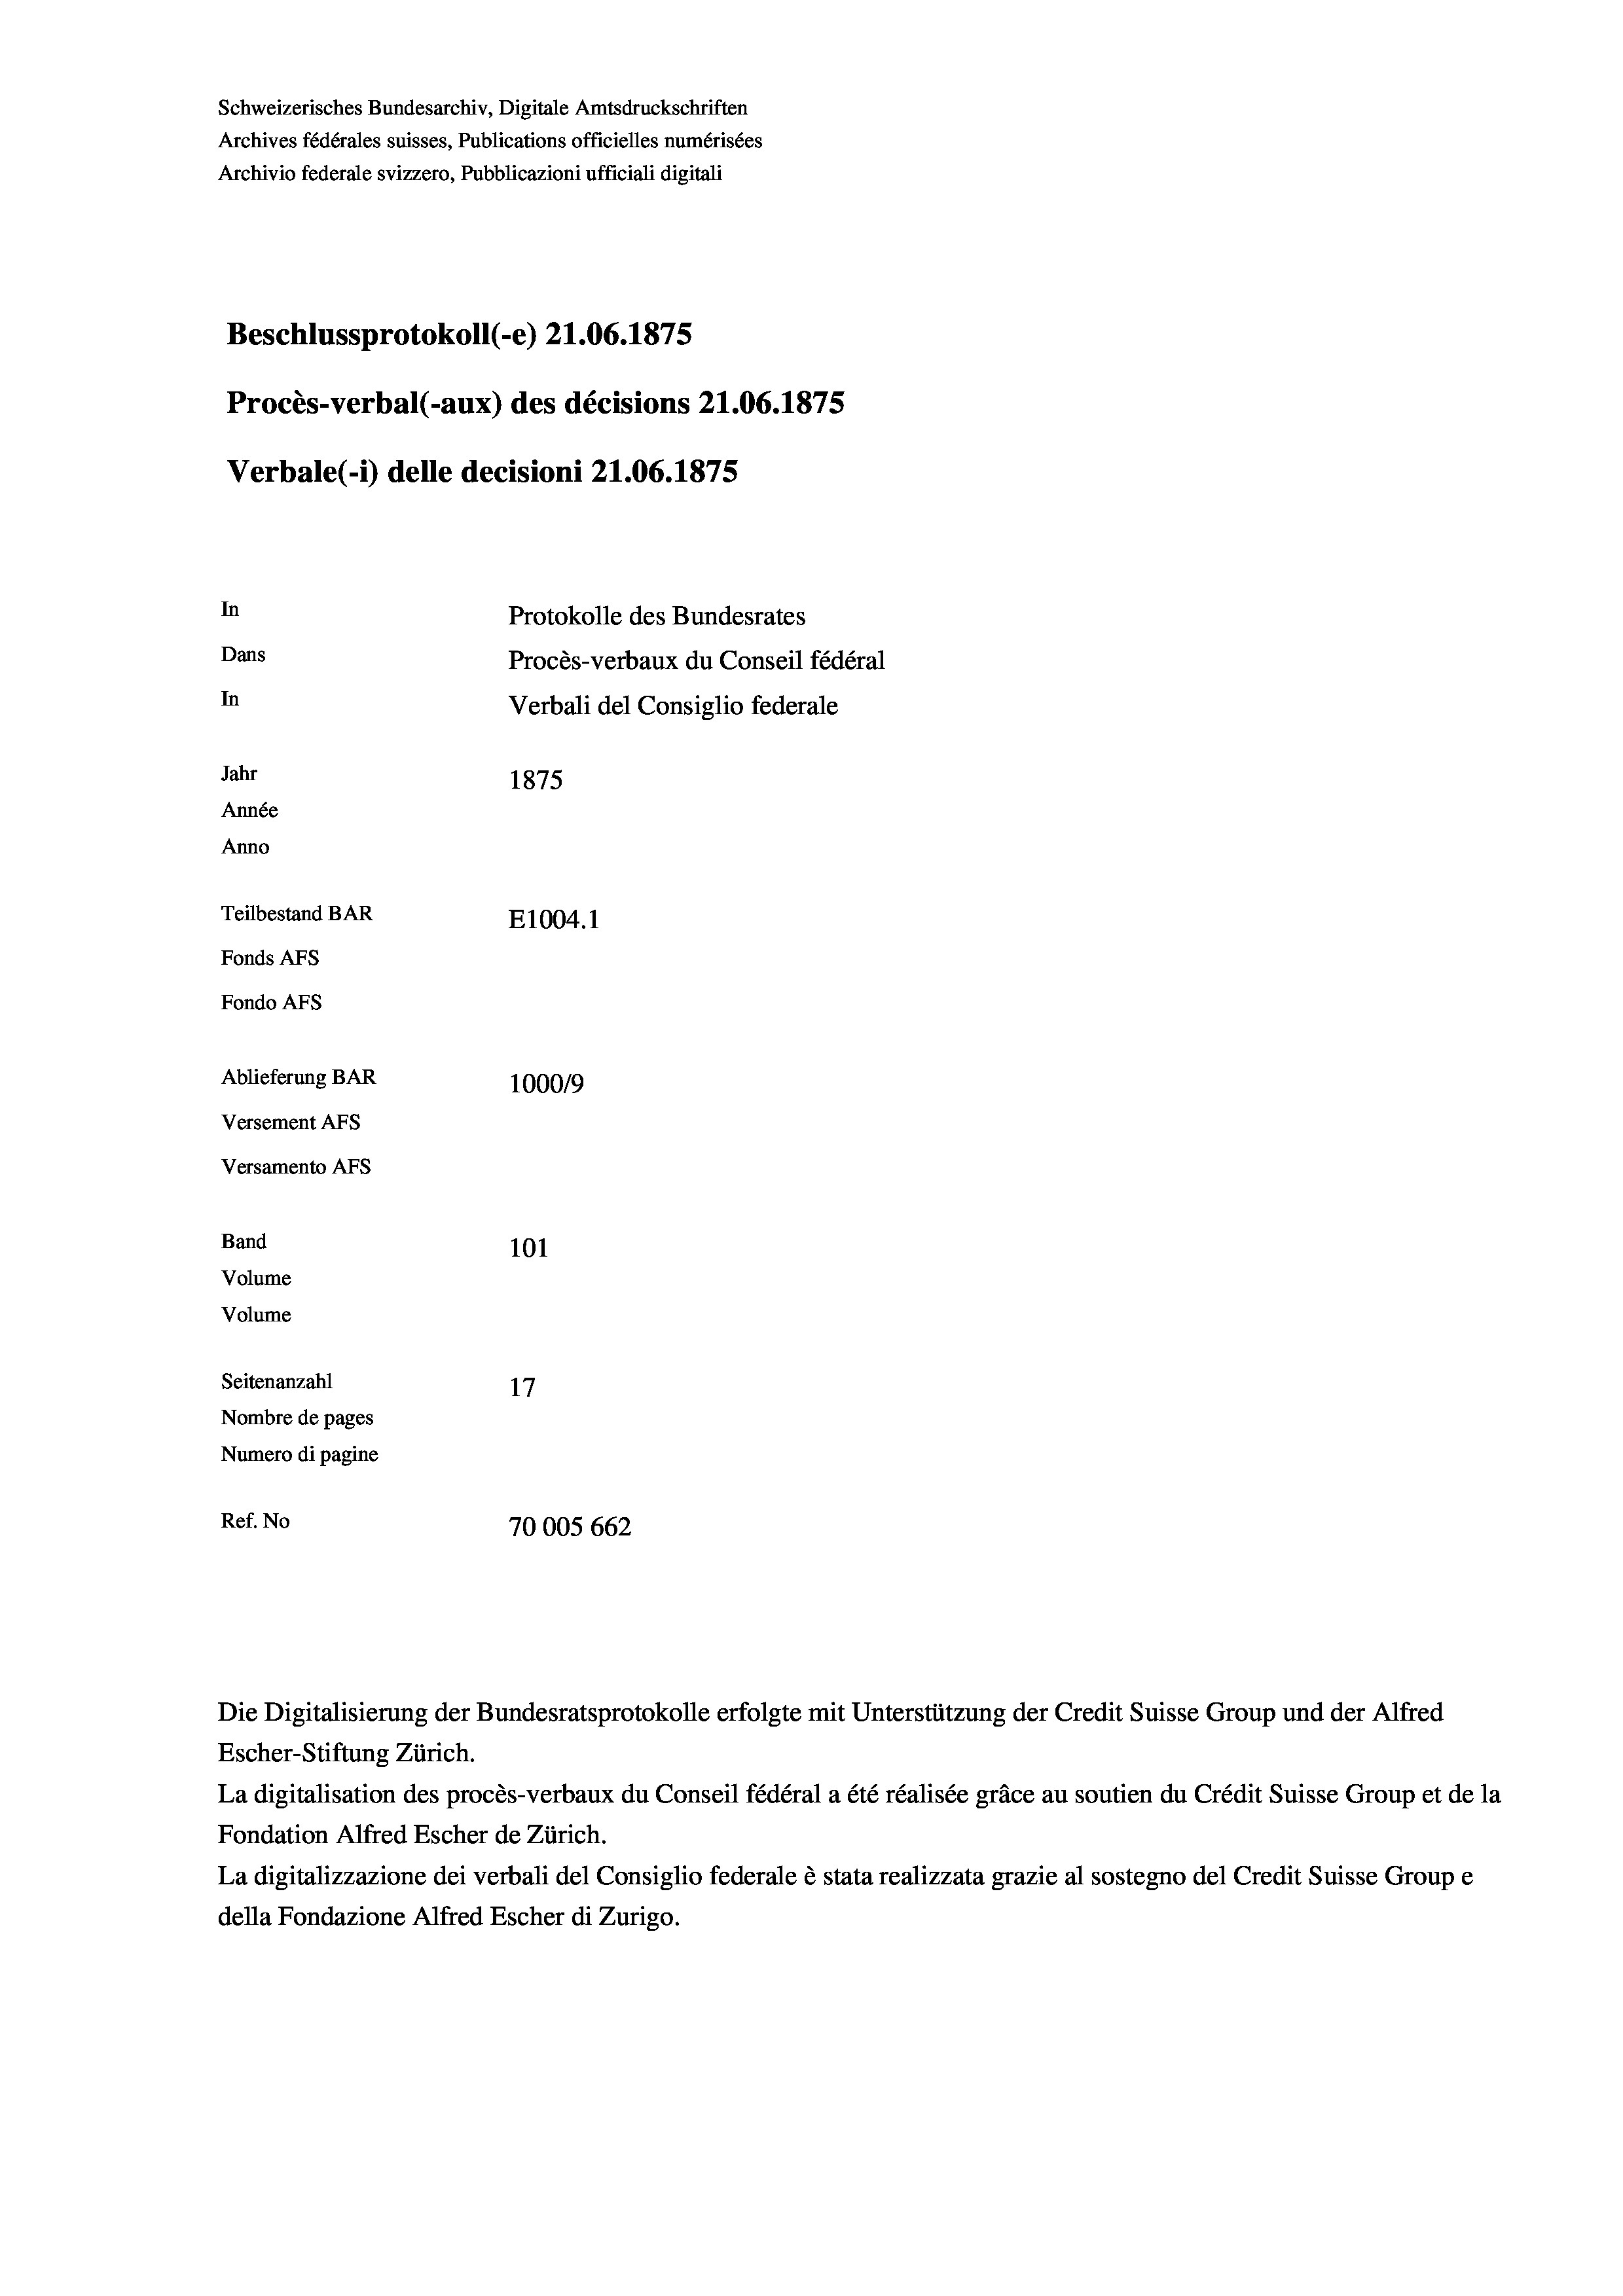
Schweizerisches Bundesarchiv, Digitale Amtsdruckschriften
Archives fédérales suisses, Publications officielles numérisées
Archivio federale svizzero, Pubblicazioni ufficiali digitali
Beschlussprotokoll (-e) 21.06. 1875
Procès-verbal (-aux) des décisions 21.06. 1875
Verbale (i) delle decisioni 21.06. 1875
In
Protokolle des Bundesrates
Dans
Procès-verbaux du Conseil fédéral
In
Verbali del Consiglio federale
Jahr
1875
Année
Anno
Teilbestand BAR
E1004. 1
Fonds AFs
Fondo AFS
Ablieferung BAR
1000/9
Versement Abs
Versamento AFs
Band
101
Volume
Volume

Seitenanzahl
17
Nombre de pages
Numero di pagine
Ref. No
70005 662

Die Digitalisierung der Bundesratsprotokolle erfolgte mit Unterstützung der Credit Suisse Group und der Alfred
Escher-Stiftung Zürich.
La digitalisation des procès-verbaux du Conseil fédéral a été réalisée gräce au soutien du Crédit Suisse Group et de la
Fondation Alfred Escher de Zürich.
La digitalizzazione dei verbali del Consiglio federale è stata realizzata grazie al sostegno del Credit Suisse Groupe
della Fondazione Alfred Escher di Zurigo.